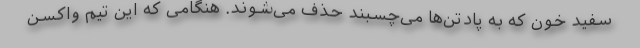
سفید خون که به پادتن‌ها می‌چسبند حذف می‌شوند. هنگامی که این تیم واکسن